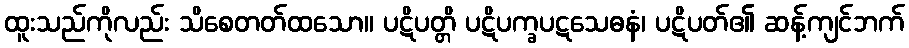
ထူးသည်ကိုလည်း သိစေတတ်ထသော။ ပဋိပတ္တိ ပဋိပက္ခပဋသေဓနံ၊ ပဋိပတ်၏ ဆန့်ကျင်ဘက်